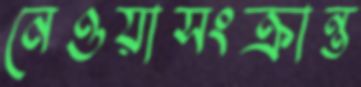
নেওয়াসংক্রান্ত